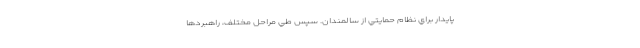
پايدار براي نظام حمايتي از سالمندان. سپس طي مراحل مختلف، راهبردها